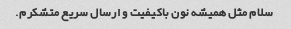
سلام مثل همیشه نون باکیفیت و ارسال سریع متشکرم.